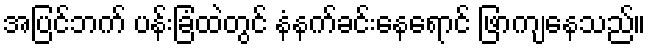
အပြင်ဘက် ပန်းခြံထဲတွင် နံနက်ခင်းနေရောင် ဖြာကျနေသည်။